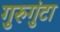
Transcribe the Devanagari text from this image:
गुरुगुंटा